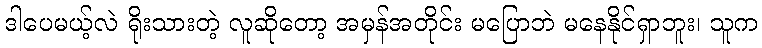
ဒါပေမယ့်လဲ ရိုးသားတဲ့ လူဆိုတော့ အမှန်အတိုင်း မပြောဘဲ မနေနိုင်ရှာဘူး၊ သူက